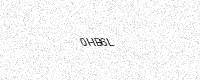
Text: 0HB6L